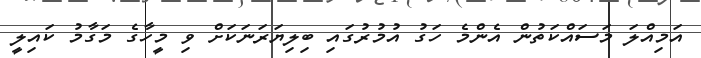
އަމިއްލަ މަސައްކަތުން އެންމެ ހަގު އުމުރުގައި ބިލިޔަރަނަކަށް ވި މީހާގެ މަގާމު ކައިލީ